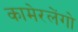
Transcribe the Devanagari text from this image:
कामेरलेंगो